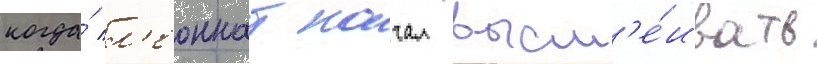
когда́ л'еоннат начал высм'е́ивать